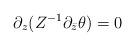
LaTeX: \begin{align*}\partial_z ( Z^{-1} \partial_{\bar z} \theta ) = 0\end{align*}